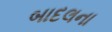
બાદલના